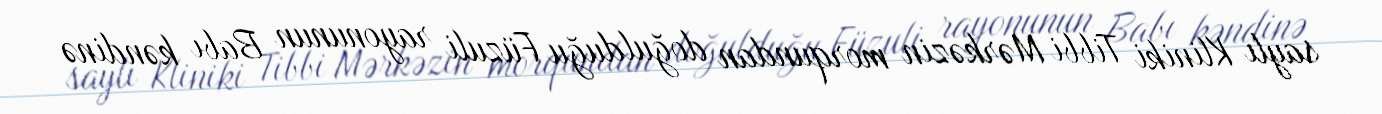
saylı Kliniki Tibbi Mərkəzin morqundan doğulduğu Füzuli rayonunun Babı kəndinə